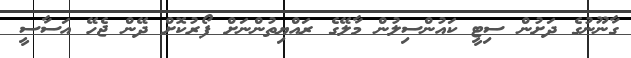
ގާނޫނުގެ ދަށުން ސިޓީ ކައުންސިލުން މާލޭގެ ރައްޔިތުންނަށް ފޯރުކޮށް ދޭން ޖެހޭ އަސާސީ